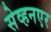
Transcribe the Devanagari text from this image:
सेव्हनएर